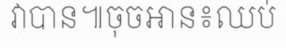
វាបាន៕ចុចអាន៖ឈប់